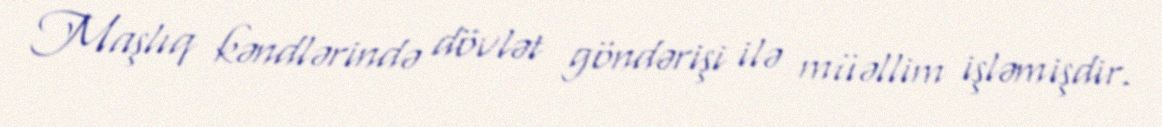
Maşlıq kəndlərində dövlət göndərişi ilə müəllim işləmişdir.